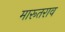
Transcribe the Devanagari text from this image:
मारूतराव